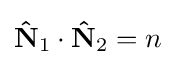
{\mathbf {\hat {N}} _{1}}\cdot {\mathbf {\hat {N}} _{2}}=n